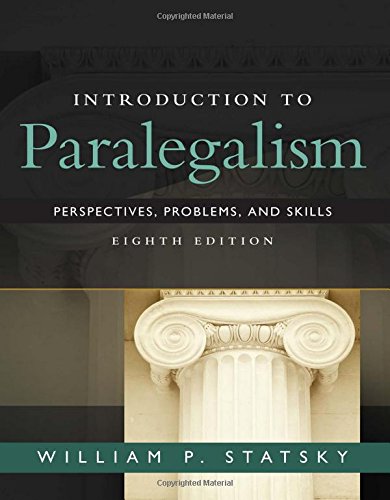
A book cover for Introduction to Paralegalism: Perspectives, Problems and Skills; William P. Statsky; Law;